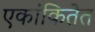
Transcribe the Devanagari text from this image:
एकांकितेत